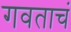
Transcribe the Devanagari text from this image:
गवताचं